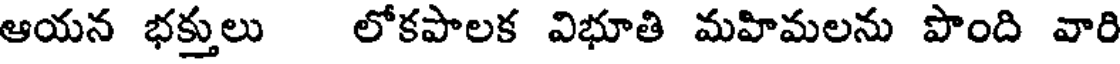
ఆయన భక్తులు లోకపాలక విభూతి మహిమలను పొంది వారి